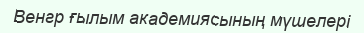
Венгр ғылым академиясының мүшелері